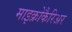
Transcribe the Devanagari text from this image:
माइक्रोकैरिअर